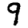
Digit: 9